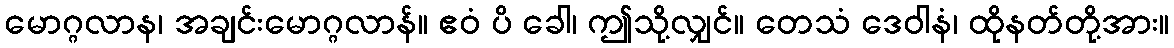
မောဂ္ဂလာန၊ အချင်းမောဂ္ဂလာန်။ ဧဝံ ပိ ခေါ၊ ဤသို့လျှင်။ တေသံ ဒေဝါနံ၊ ထိုနတ်တို့အား။